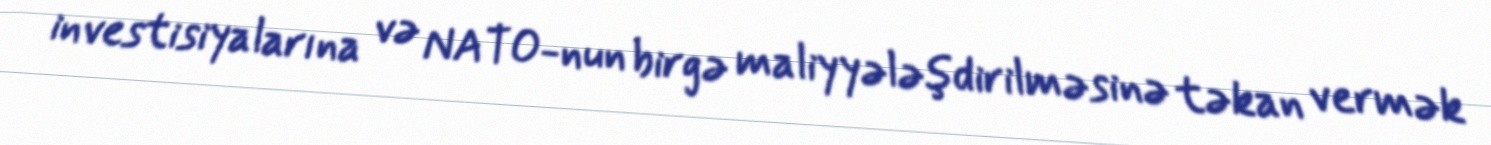
investisiyalarına və NATO-nun birgə maliyyələşdirilməsinə təkan vermək